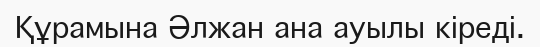
Құрамына Әлжан ана ауылы кіреді.